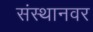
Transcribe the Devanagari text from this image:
संस्थानवर